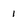
Character: 1